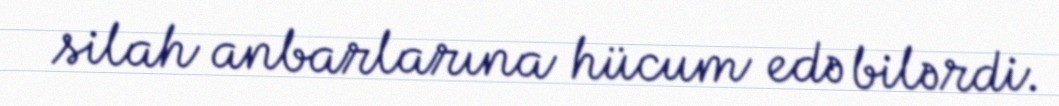
silah anbarlarına hücum edə bilərdi.